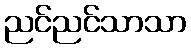
ညင်ညင်သာသာ